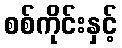
စစ်ကိုင်းနှင့်